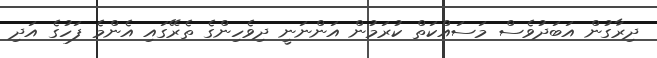
ދިރާގުން އަބަދުވެސް މަސައްކަތް ކުރަމުން އަންނަނީ ދިވެހިންގެ ތެރޭގައި އެންމެ ފަހުގެ އަދި